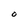
Character: O